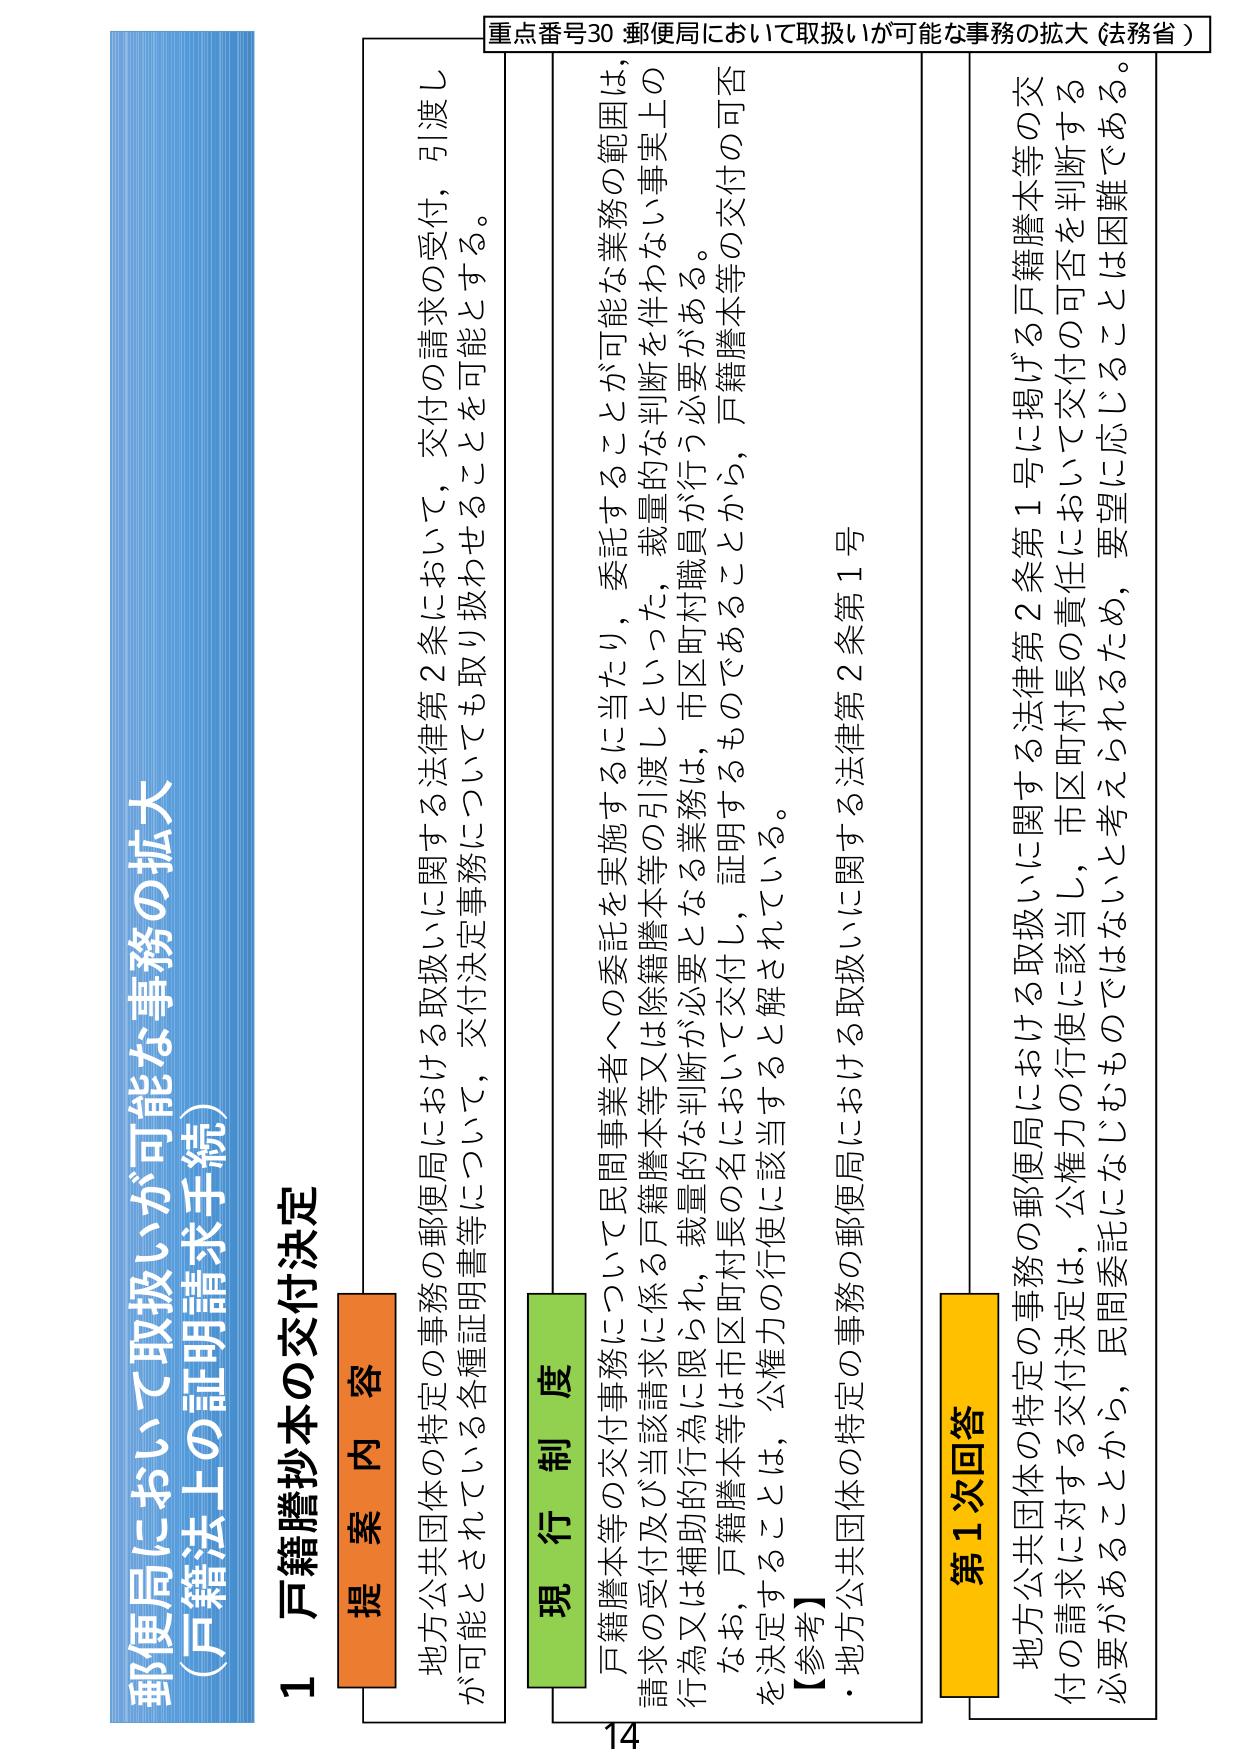
重点番号30 郵便局において取扱いが可能な事務の拡大（法務省）

郵便局において取扱いが可能な事務の拡大
（戸籍法上の証明請求手続）

１ 戸籍謄抄本の交付決定

提案内容
地方公共団体の特定の事務の郵便局における取扱いに関する法律第2条において，交付の請求の受付，引渡しが可能とされている各種証明書等について，交付決定事務についても取り扱わせることを可能とする。

現行制度
戸籍謄本等の交付事務について民間事業者への委託を実施するに当たり，委託することが可能な業務の範囲は，請求の受付及び当該請求に係る戸籍謄本等又は除籍謄本等の引渡しといった，裁量的な判断を伴わない事実上の行為又は補助的行為に限られ，裁量的な判断が必要となる業務は，市区町村職員が行う必要がある。
なお，戸籍謄本等は市区町村長の名において交付し，証明するものであることから，戸籍謄本等の交付の可否を決定することは，公権力の行使に該当すると解されている。
【参考】
・地方公共団体の特定の事務の郵便局における取扱いに関する法律第2条第1号

第1次回答
地方公共団体の特定の事務の郵便局における取扱いに関する法律第2条第1号に掲げる戸籍謄本等の交付の請求に対する交付決定は，公権力の行使に該当し，市区町村長の責任において交付の可否を判断する必要があることから，民間委託になじむものではないと考えられるため，要望に応じることは困難である。

14